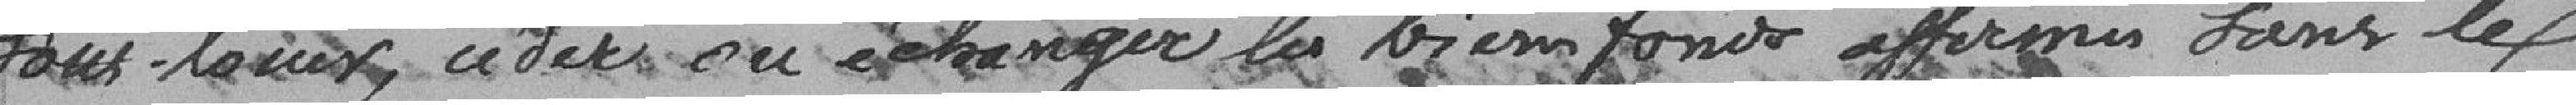
sous-louer, céder ou échanger les biens, fonds affermés sans le